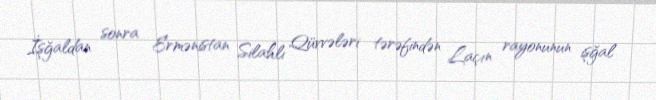
İşğaldan sonra Ermənistan Silahlı Qüvvələri tərəfindən Laçın rayonunun işğal